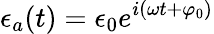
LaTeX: \epsilon_{a}(t)=\epsilon_{0}e^{i(\omega t+\varphi_{0})}